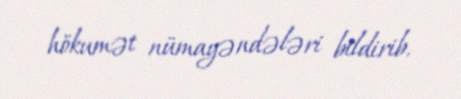
hökumət nümayəndələri bildirib.